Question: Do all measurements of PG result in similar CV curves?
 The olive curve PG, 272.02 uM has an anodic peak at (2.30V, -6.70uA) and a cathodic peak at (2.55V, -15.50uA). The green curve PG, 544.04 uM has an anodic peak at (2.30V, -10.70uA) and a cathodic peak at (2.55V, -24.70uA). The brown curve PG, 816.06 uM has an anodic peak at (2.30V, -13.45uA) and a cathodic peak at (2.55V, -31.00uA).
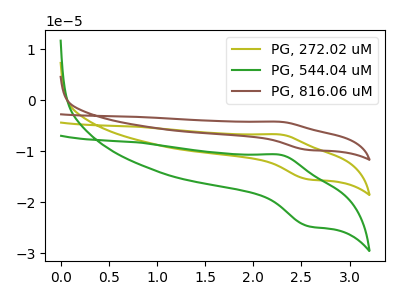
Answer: <think>All the peaks in "PG, 272.02 uM" have a peak in "PG, 544.04 uM" at the same potential. All the peaks in "PG, 272.02 uM" have a peak in "PG, 816.06 uM" at the same potential. All the peaks in "PG, 544.04 uM" have a peak in "PG, 816.06 uM" at the same potential.
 </think>
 <answer>All the CV's of "PG" have similar shape.</answer>
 <eval>follow_rule</eval>